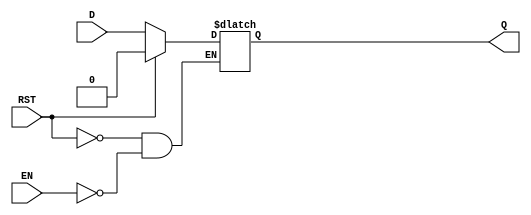
module async_register (
    input wire D,      // Data Input
    input wire EN,     // Enable
    input wire RST,    // Asynchronous Reset
    output reg Q       // Data Output
);

// Asynchronous behavior
always @(*) begin
    if (RST) begin
        Q <= 1'b0;    // Reset output to 0
    end else if (EN) begin
        Q <= D;       // Capture data input when enabled
    end
    // If RST is not active and EN is low, Q retains its previous value
end

endmodule